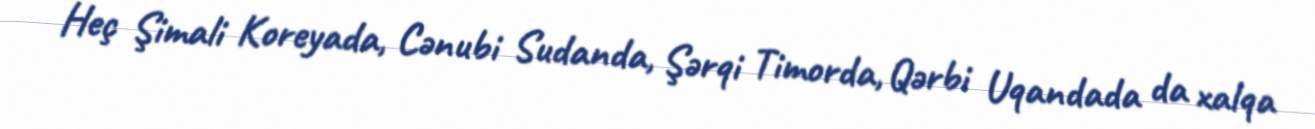
Heç Şimali Koreyada, Cənubi Sudanda, Şərqi Timorda, Qərbi Uqandada da xalqa